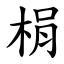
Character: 梋